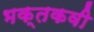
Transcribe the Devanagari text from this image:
भक्तकवी